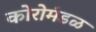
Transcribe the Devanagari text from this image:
कोरोमंडळ